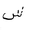
Letter: _shin